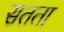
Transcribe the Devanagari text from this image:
सतता